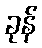
ခုန်